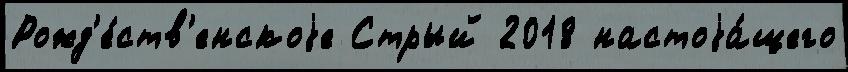
Рожд'е́ств'енскоjе Стрый 2018 настоjа́щего